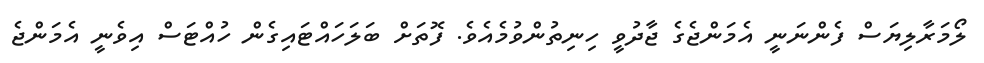
ލޯމަރާލިޔަސް ފެންނަނީ އެމަންޖެގެ ޖާދުވީ ހިނިތުންވުމެއެވެ. ފޮތަށް ބަލަހައްޓައިގެން ހުއްޓަސް އިވެނީ އެމަންޖެ